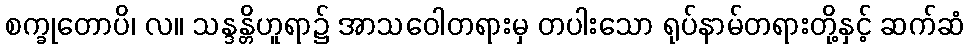
စက္ခုတောပိ၊ လ။ သန္ဒန္တိဟူရာ၌ အာသဝေါတရားမှ တပါးသော ရုပ်နာမ်တရားတို့နှင့် ဆက်ဆံ